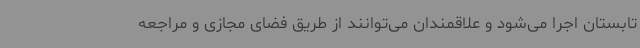
تابستان اجرا می‌شود و علاقمندان می‌توانند از طریق فضای مجازی و مراجعه